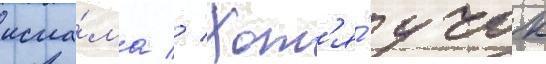
исла́ма // Хот'я́ учок